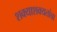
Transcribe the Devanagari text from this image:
शक्याशक्यतांचा